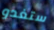
ستغدو